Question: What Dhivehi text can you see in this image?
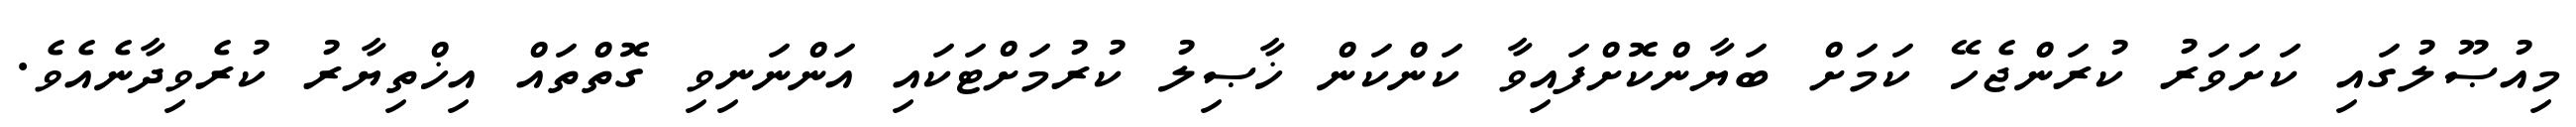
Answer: މިއުޞޫލުގައި ކަށަވަރު ކުރަންޖެހޭ ކަމަށް ބަޔާންކޮށްފައިވާ ކަންކަން ޚާޞިލު ކުރުމަށްޓަކައި އަންނަނިވި ގޮތްތައް އިޚްތިޔާރު ކުރެވިދާނެއެވެ.